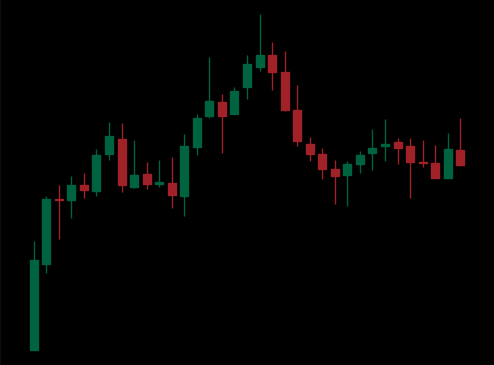
Pattern: head_shoulders